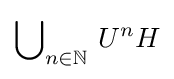
\bigcup \nolimits _{n\in \mathbb {N} }\,U^{n}H